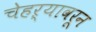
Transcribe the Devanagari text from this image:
चेहऱ्यावरून